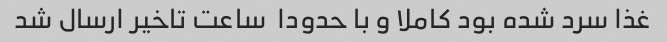
غذا سرد شده بود کاملا و با حدودا  ساعت تاخیر ارسال شد